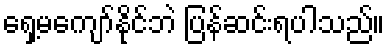
ရှေ့မကျော်နိုင်ဘဲ ပြန်ဆင်းရပါသည်။